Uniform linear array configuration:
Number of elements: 48
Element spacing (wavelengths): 0.25
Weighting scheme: hann
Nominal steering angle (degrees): -60
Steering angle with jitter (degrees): -60.058
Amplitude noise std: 0.05
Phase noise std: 0.05

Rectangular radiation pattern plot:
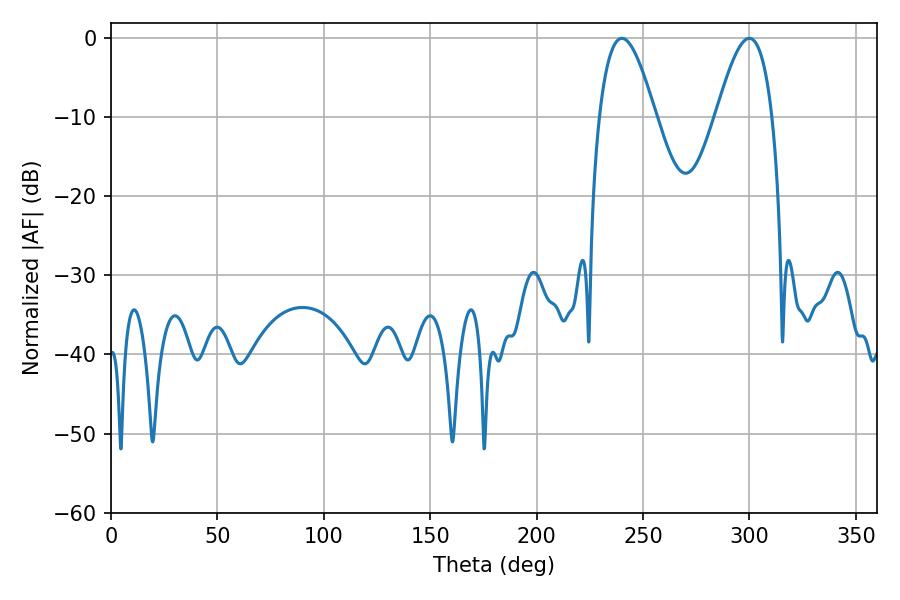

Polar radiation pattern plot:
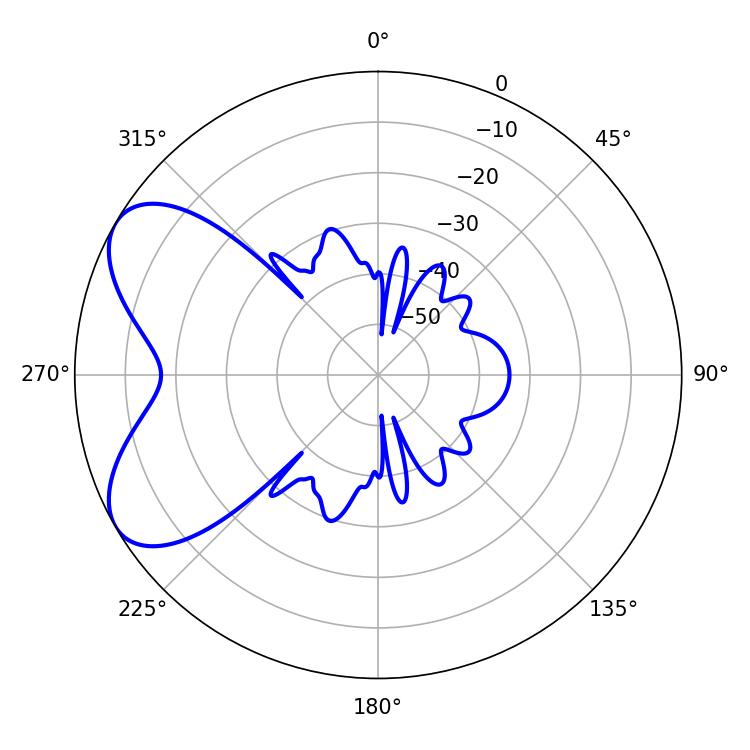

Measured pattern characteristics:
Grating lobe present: FALSE
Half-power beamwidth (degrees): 14.22
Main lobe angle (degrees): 299.88